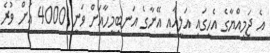
އެ ޖަމިއްޔާގެ އެހީގައި އަލީއާއި އޭނާގެ އަނބިމީހާއަށް ވަނީ 4000 އަށް ވުރެ